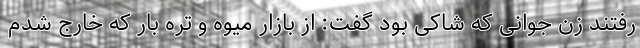
رفتند زن جوانی که شاکی بود گفت: از بازار میوه و تره بار که خارج شدم